Vaccination North-Western Provinces and Oudh 1896-1901 - 1896-1901
Year: 1896
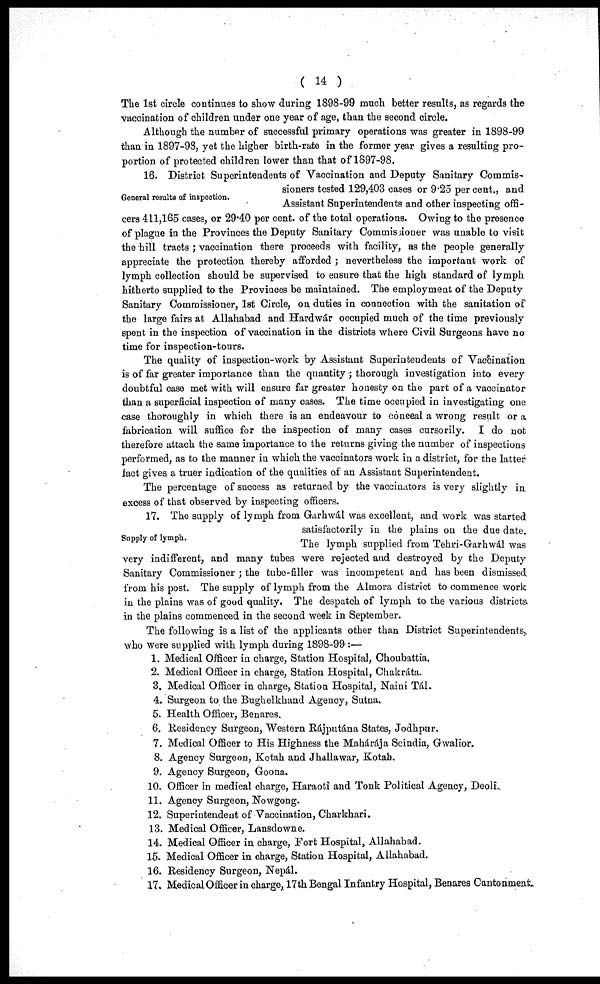
( 14 )
The 1st circle continues to show during 1898-99 much better results, as regards the
vaccination of children under one year of age, than the second circle.
Although the number of successful primary operations was greater in 1898-99
than in 1897-98, yet the higher birth-rate in the former year gives a resulting pro-
portion of protected children lower than that of 1897-98.
General results of inspection.
16. District Superintendents of Vaccination and Deputy Sanitary Commis-
sioners tested 129,403 cases or 9.25 per cent., and
Assistant Superintendents and other inspecting offi-
cers 411,165 cases, or 29.40 per cent. of the total operations. Owing to the presence
of plague in the Provinces the Deputy Sanitary Commissioner was unable to visit
the hill tracts ; vaccination there proceeds with facility, as the people generally
appreciate the protection thereby afforded ; nevertheless the important work of
lymph collection should be supervised to ensure that the high standard of lymph
hitherto supplied to the Proviaces be maintained. The employment of the Deputy
Sanitary Commissioner, 1st Circle, on duties in connection with the sanitation of
the large fairs at Allahabad and Hardwar occupied much of the time previously
spent in the inspection of vaccination in the districts where Civil Surgeons have no
time for inspection-tours.
The quality of inspection-work by Assistant Superintendents of Vaccination
is of far greater importance than the quantity ; thorough investigation into every
doubtful case met with will ensure far greater honesty on the part of a vaccinator
than a superficial inspection of many cases. The time occupied in investigating one
case thoroughly in which there is an endeavour to conceal a wrong result or a
fabrication will suffice for the inspection of many cases cursorily. I do not
therefore attach the same importance to the returns giving the number of inspections
performed, as to the manner in which the vaccinators work in a district, for the latter
fact gives a truer indication of the qualities of an Assistant Superintendent.
The percentage of success as returned by the vaccinators is very slightly in.
excess of that observed by inspecting officers.
Supply of lymph.
17. The supply of lymph from Garhwál was excellent, and work was started
satisfactorily in the plains on the due date.
The lymph supplied from Tehri-Garhwál was
very indifferent, and many tubes were rejected and destroyed by the Deputy
Sanitary Commissioner ; the tube-filler was incompetent and has been dismissed
from his post. The supply of lymph from the Almora district to commence work
in the plains was of good quality. The despatch of lymph to the various districts
in the plains commenced in the second week in September.
The following is a list of the applicants other than District Superintendents,
who were supplied with lymph during 1898-99:—
1. Medical Officer in charge, Station Hospital, Choubattia.
2. Medical Officer in charge, Station Hospital, Chakráta.
3. Medical Officer in charge, Station Hospital, Naini Tál.
4. Surgeon to the Bughelkhand Agency, Sutna.
5. Health Officer, Benares.
6. Residency Surgeon, Western Rájputána States, Jodhpur.
7. Medical Officer to His Highness the Mahárája Scindia, Gwalior.
8. Agency Surgeon, Kotah and Jhallawar, Kotah.
9. Agency Surgeon, Goona.
10. Officer in medical charge, Haraoti and Tonk Political Agency, Deoli
11. Agency Surgeon, Nowgong.
12. Superintendent of Vaccination, Charkhari.
13. Medical Officer, Lansdowne.
14. Medical Officer in charge, Fort Hospital, Allahabad.
15. Medical Officer in charge, Station Hospital, Allahabad.
16. Residency Surgeon, Nepál.
17. Medical Officer in charge, 17th Bengal Infantry Hospital, Benares Cantonmen